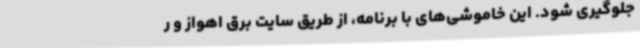
جلوگیری شود. این خاموشی‌های با برنامه، از طریق سایت برق اهواز و ر